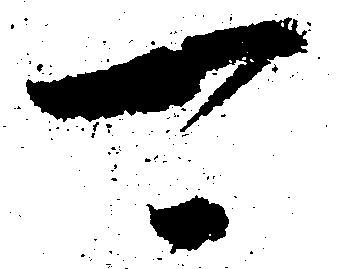
可